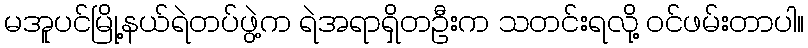
မအူပင်မြို့နယ်ရဲတပ်ဖွဲ့က ရဲအရာရှိတဦးက သတင်းရလို့ ဝင်ဖမ်းတာပါ။